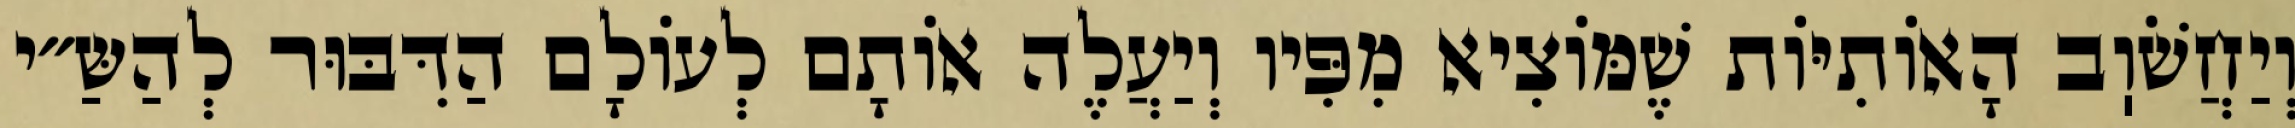
וְיַחֲשֹׁוֽב הָאוֹתִיּוֹת שֶׁמּוֹצִיא מִפִּיו וְיַעֲלֶה אוֹתָם לְעוֹלָם הַדִּבּוּר לְהַשַּ״י